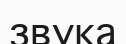
звука